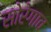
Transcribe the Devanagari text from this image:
सोरेगाव